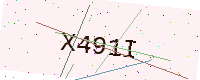
Text: X491I